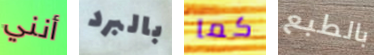
أنني بالبرد كما بالطبع